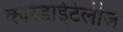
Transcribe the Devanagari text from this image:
कारडाईटेलीज़